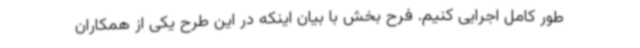
طور کامل اجرایی کنیم. فرح بخش با بیان اینکه در این طرح یکی از همکاران